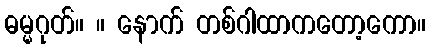
ဓမ္မဂုတ်။ ။ နောက် တစ်ဂါထာကတော့ကော။